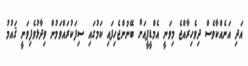
އަދި އަނެއްކާވެސް ދިވެހިރާއްޖެ މިވަނީ އެމްޑީޕީއަށް ބޭނުންޖެހިފައި ކަމުގައި ސިފަކުރައްވަމުން ވިދާޅުވެފިވަނީ ޤައުމު